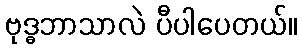
ဗုဒ္ဓဘာသာလဲ ပီပါပေတယ်။